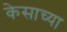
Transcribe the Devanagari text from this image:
केसाच्या